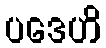
ပဒေဟိ